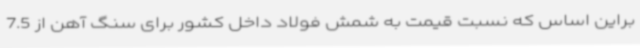
براین اساس که نسبت قیمت به شمش فولاد داخل کشور برای سنگ آهن از 7.5